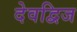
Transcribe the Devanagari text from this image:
देवद्विज